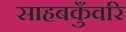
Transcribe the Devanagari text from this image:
साहबकुँवरि